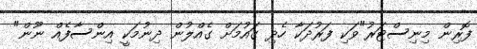
ފޮރިން މިނިސްޓަރު"ވަކި ފަރުދަކާ ހެދި ގައުމަށް ގެއްލުން ދިނުމަކީ އިންސާފެއް ނޫން"